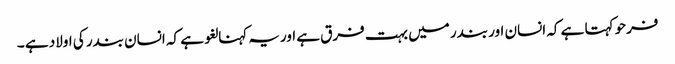
فرحو کہتا ہے کہ انسان اور بندر میں بہت فرق ہے اوریہ کہنا لغو ہے کہ انسان بندر کی اولاد ہے ۔